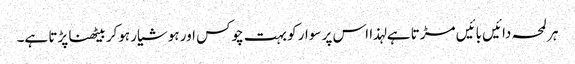
ہر لمحہ دائیں بائیں مڑتا ہے لہذا اس پر سوار کو بہت چوکس اور ہوشیار ہوکر بیٹھنا پڑتا ہے۔